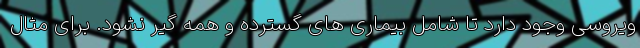
ویروسی وجود دارد تا شامل بیماری های گسترده و همه گیر نشود. برای مثال